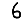
Digit: 6